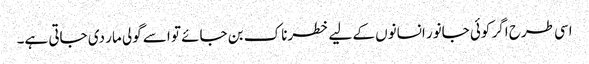
اسی طرح اگر کوئی جانور انسانوں کے لیے خطرناک بن جائے تو اسے گولی مار دی جاتی ہے۔